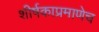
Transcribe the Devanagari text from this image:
शीर्षकाप्रमाणेच